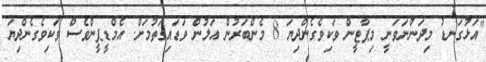
"އަޅުގަނޑު މިދަންނަވަނީ މިޕާޓީން ވަކިވެގެންދިޔަ 8 މެންބަރުން އަލުން ވަޑައިގަތުމަށް. އެމްޑީޕީންވެސް ވަކިވެގެންދިޔަ